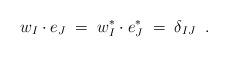
LaTeX: \begin{align*}w_I \cdot e_J \;=\; w^*_I \cdot e^*_J \;=\; \delta_{IJ} \;\;.\end{align*}